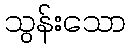
သွန်းသော